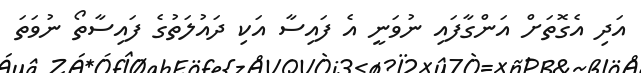
އަދި އެގޮތަށް އަންގާފައި ނުވަނީ އެ ފައިސާ އަކި ދައުލަތުގެ ފައިސާތޯ ނުވަތަ